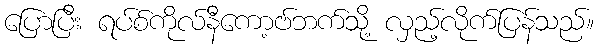
ပြောပြီး ရပ်စ်ကိုလ်နီကော့ဗ်ဘက်သို့ လှည့်လိုက်ပြန်သည်။